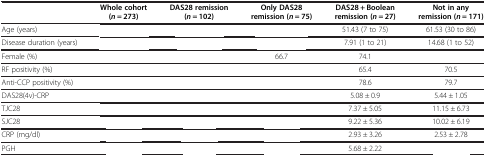
<table><thead><tr><td>[EMPTY_CELL]</td><td><b>Whole cohort (<i>n</i> = 273)</b></td><td><b>DAS28 remission (<i>n</i> = 102)</b></td><td><b>Only DAS28 remission (<i>n</i> = 75)</b></td><td><b>DAS28 + Boolean remission (<i>n</i> = 27)</b></td><td><b>Not in any remission (<i>n</i> = 171)</b></td></tr></thead><tbody><tr><td>Age (years)</td><td>[EMPTY_CELL]</td><td>[EMPTY_CELL]</td><td>[EMPTY_CELL]</td><td>51.43 (7 to 75)</td><td>61.53 (30 to 86)</td></tr><tr><td>Disease duration (years)</td><td>[EMPTY_CELL]</td><td>[EMPTY_CELL]</td><td>[EMPTY_CELL]</td><td>7.91 (1 to 21)</td><td>14.68 (1 to 52)</td></tr><tr><td>Female (%)</td><td>[EMPTY_CELL]</td><td>[EMPTY_CELL]</td><td>66.7</td><td>74.1</td><td>[EMPTY_CELL]</td></tr><tr><td>RF positivity (%)</td><td>[EMPTY_CELL]</td><td>[EMPTY_CELL]</td><td>[EMPTY_CELL]</td><td>65.4</td><td>70.5</td></tr><tr><td>Anti-CCP positivity (%)</td><td>[EMPTY_CELL]</td><td>[EMPTY_CELL]</td><td>[EMPTY_CELL]</td><td>78.6</td><td>79.7</td></tr><tr><td>DAS28(4v)-CRP</td><td>[EMPTY_CELL]</td><td>[EMPTY_CELL]</td><td>[EMPTY_CELL]</td><td>5.08 ± 0.9</td><td>5.44 ± 1.05</td></tr><tr><td>TJC28</td><td>[EMPTY_CELL]</td><td>[EMPTY_CELL]</td><td>[EMPTY_CELL]</td><td>7.37 ± 5.05</td><td>11.15 ± 6.73</td></tr><tr><td>SJC28</td><td>[EMPTY_CELL]</td><td>[EMPTY_CELL]</td><td>[EMPTY_CELL]</td><td>9.22 ± 5.36</td><td>10.02 ± 6.19</td></tr><tr><td>CRP (mg/dl)</td><td>[EMPTY_CELL]</td><td>[EMPTY_CELL]</td><td>[EMPTY_CELL]</td><td>2.93 ± 3.26</td><td>2.53 ± 2.78</td></tr><tr><td>PGH</td><td>[EMPTY_CELL]</td><td>[EMPTY_CELL]</td><td>[EMPTY_CELL]</td><td>5.68 ± 2.22</td><td>[EMPTY_CELL]</td></tr></tbody></table>